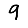
Digit: 9